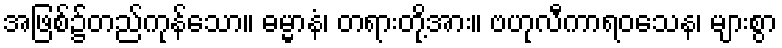
အဖြစ်၌တည်ကုန်သော။ ဓမ္မာနံ၊ တရားတို့အား။ ဗဟုလီကာရဝသေန၊ များစွာ